Report of an investigation into the causes of malaria in Bombay and the measures necessary for its control
Disease focus: Malaria
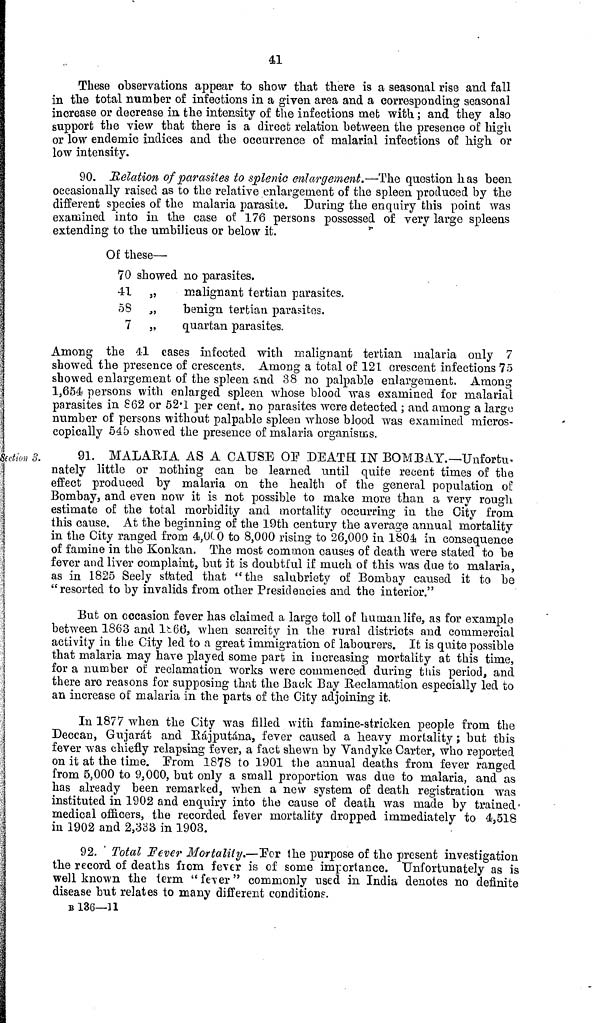
41
These observations appear to show that there is a seasonal rise and fall
in the total number of infections in a given area and a corresponding seasonal
increase or decrease in the intensity of the infections met with ; and they also
support the view that there is a direct relation between the presence of high
or low endemic indices and the occurrence of malarial infections of high or
low intensity.
90. Relation of parasites to splenic enlargement.—The question has been
occasionally raised as to the relative enlargement of the spleen produced by the
different species of the malaria parasite. During the enquiry this point was
examined into in the case of 176 persons possessed of very large spleens
extending to the umbilicus or below it.
Of these—
70 showed no parasites.
41
,,
malignant tertian parasites.
58
„
benign tertian parasites.
7 „
quartan parasites.
Among the 41 cases infected with malignant tertian malaria only 7
showed the presence of crescents. Among a total of 121 crescent infections 75
showed enlargement of the spleen and 38 no palpable enlargement. Among
1,654 persons with enlarged spleen whose blood was examined for malarial
parasites in 862 or 52.1 per cent. no parasites were detected ; and among a largo
number of persons without palpable spleen whose blood was examined micros-
copically 54.5 showed the presence of malaria organisms.
Section 3.
91. MALARIA AS A CAUSE OF DEATH IN BOMBAY.— Unfortu-
nately little or nothing can be learned until quite recent times of the
effect produced by malaria on the health of the general population of
Bombay, and even now it is not possible to make more than a very rough
estimate of the total morbidity and mortality occurring in the City from
this cause. At the beginning of the 19th century the average annual mortality
in the City ranged from 4,000 to 8,000 rising to 26,000 in 1804 in consequence
of famine in the Konkan. The most common causes of death were stated to be
fever and liver complaint, but it is doubtful if much of this was due to malaria,
as in 1825 Seely stated that "the salubriety of Bombay caused it to be
"resorted to by invalids from other Presidencies and the interior."
But on occasion fever has claimed a large toll of human life, as for example
between 1863 and 1866, when scarcity in the rural districts and commercial
activity in the City led to a great immigration of labourers. It is quite possible
that malaria may have played some part in increasing mortality at this time,
for a number of reclamation works were commenced during this period, and
there are reasons for supposing that the Back Bay Reclamation especially led to
an increase of malaria in the parts of the City adjoining it.
In 1877 when the City was filled with famine-stricken people from the
Deccan, Gujarat and Rájputána, fever caused a heavy mortality ; but this
fever was chiefly relapsing fever, a fact shewn by Vandyke Carter, who reported
on it at the time. From 1878 to 1901 the annual deaths from fever ranged
from 5,000 to 9,000, but only a small proportion was due to malaria, and as
has already been remarked, when a new system of death registration was
instituted in 1902 and enquiry into the cause of death was made by trained
medical officers, the recorded fever mortality dropped immediately to 4,518
in 1902 and 2,333 in 1903.
92. Total Fever Mortality.—For the purpose of the present investigation
the record of deaths from fever is of some importance. Unfortunately as is
well known the term " fever " commonly used in India denotes no definite
disease but relates to many different condition!?.
B 136—11